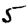
Digit: 5